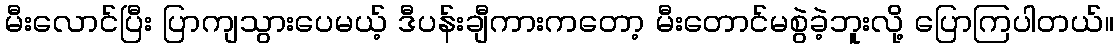
မီးလောင်ပြီး ပြာကျသွားပေမယ့် ဒီပန်းချီကားကတော့ မီးတောင်မစွဲခဲ့ဘူးလို့ ပြောကြပါတယ်။